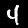
Digit: 4